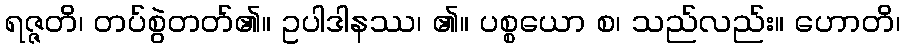
ရဇ္ဇတိ၊ တပ်စွဲတတ်၏။ ဥပါဒါနဿ၊ ၏။ ပစ္စယော စ၊ သည်လည်း။ ဟောတိ၊